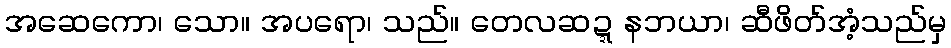
အဆေကော၊ သော။ အပရော၊ သည်။ တေလဆဍ္ဍနဘယာ၊ ဆီဖိတ်အံ့သည်မှ